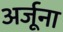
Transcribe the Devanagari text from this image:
अर्जूना